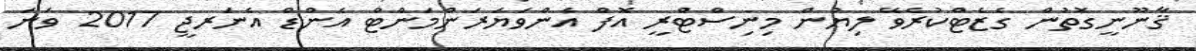
ޤާނޫނީގޮތުން ގެޒެޓްކުރެވޭ ލިޔުން މިނިސްޓްރީ އޮފް އެންވަޔަރަންމަންޓް އެންޑް އެނަރޖީ 2017 ވަނަ